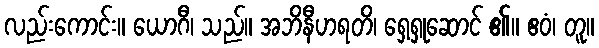
လည်းကောင်း။ ယောဂီ၊ သည်။ အဘိနီဟရတိ၊ ရှေ့ရှုဆောင် ၏။ ဧဝံ၊ တူ။